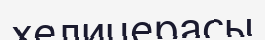
хелицерасы